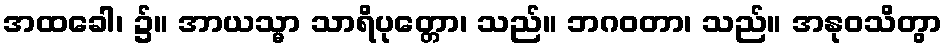
အထခေါ၊ ၌။ အာယသ္မာ သာရိပုတ္တော၊ သည်။ ဘဂဝတာ၊ သည်။ အနုဝသိတွာ